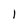
Character: l